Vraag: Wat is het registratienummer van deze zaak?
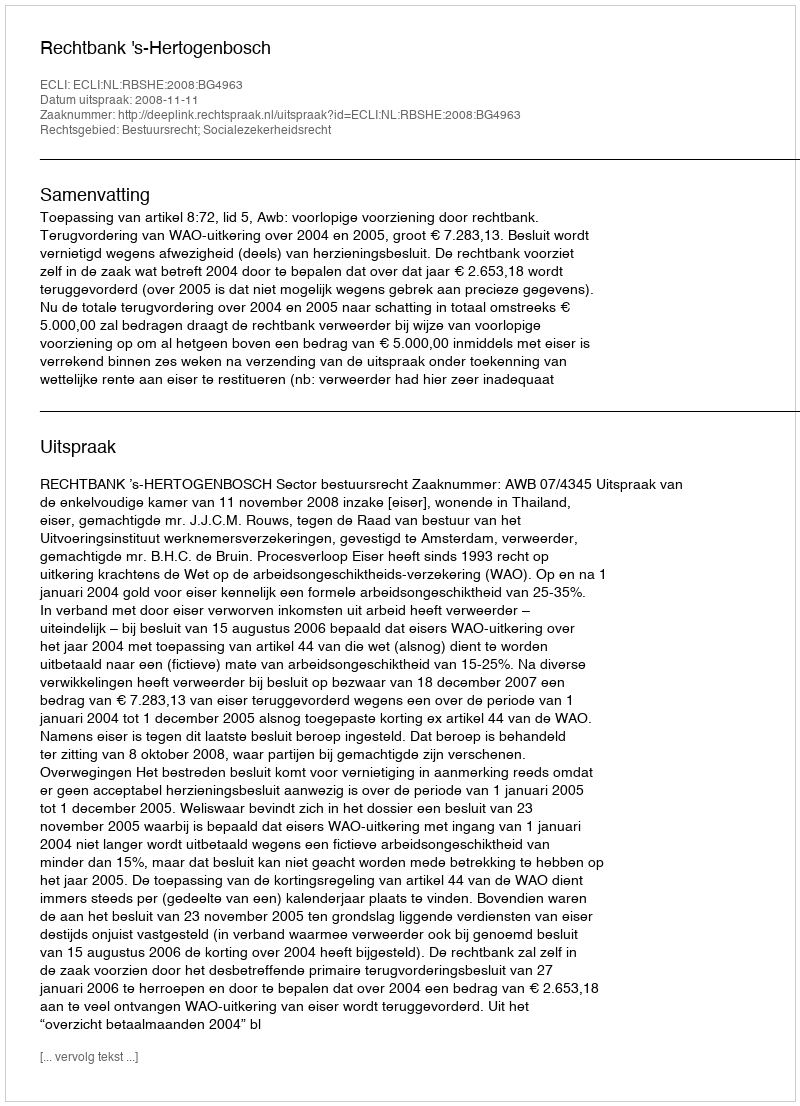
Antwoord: http://deeplink.rechtspraak.nl/uitspraak?id=ECLI:NL:RBSHE:2008:BG4963